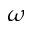
\omega